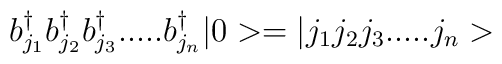
b_{j_1}^{\dagger}b_{j_2}^{\dagger}b_{j_3}^{\dagger}.....b_{j_n}^{\dagger} |0>=|j_1j_2j_3.....j_n>